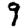
Digit: 9